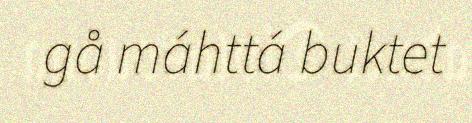
gå máhttá buktet